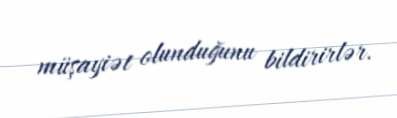
müşayiət olunduğunu bildirirlər.